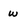
Character: w